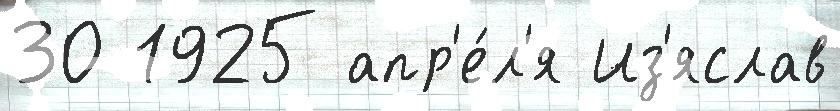
30 1925 апр'е́л'я Из'яслав